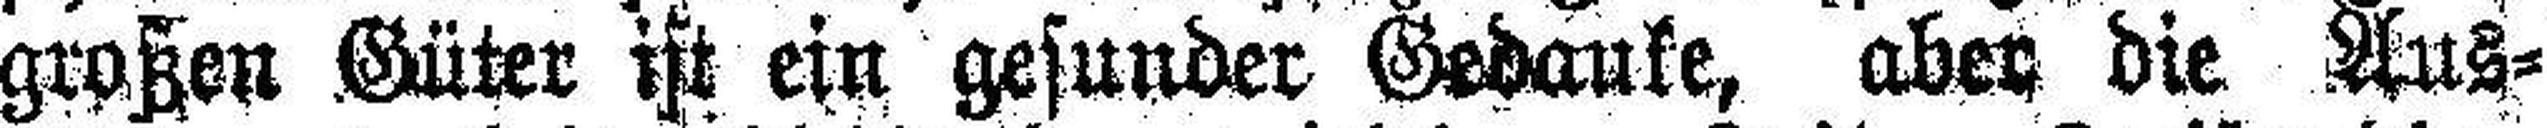
großen Güter ist ein gesunder Gedanke, aber die Aus¬